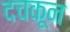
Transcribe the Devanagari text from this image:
दचकून